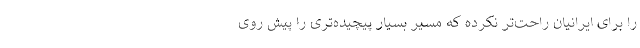
را برای ایرانیان راحت‌تر نکرده که مسیر بسیار پیچیده‌تری را پیش روی